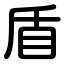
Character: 盾